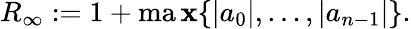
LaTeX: R_{\infty}:=1+\operatorname*{ma\mathbf{x}}\{ |a_{0}|,\ldots,|a_{n-1}|\} .